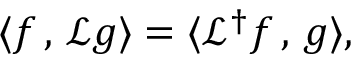
\langle f \, , \, \mathcal { L } g \rangle = \langle \mathcal { L } ^ { \dagger } f \, , \, g \rangle ,